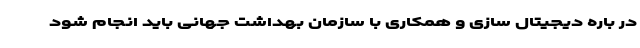
در باره دیجیتال ‌سازی و همکاری با سازمان بهداشت جهانی باید انجام شود